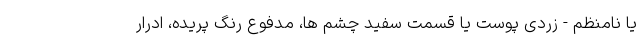
یا نامنظم - زردی پوست یا قسمت سفید چشم ها، مدفوع رنگ پریده، ادرار